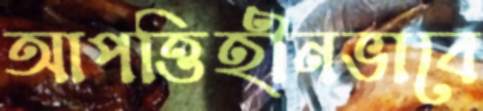
আপত্তিহীনভাবে